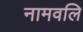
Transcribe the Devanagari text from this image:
नामवलि